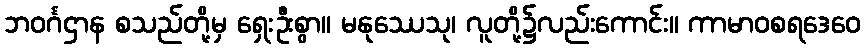
ဘဝင်္ဂဌာန စသည်တို့မှ ရှေးဦးစွာ။ မနုဿေသု၊ လူတို့၌လည်းကောင်း။ ကာမာဝစရဒေဝေ